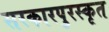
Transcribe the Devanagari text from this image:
सरकारपुरस्कृत